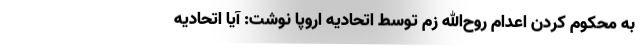
به محکوم کردن اعدام روح‌الله زم توسط اتحادیه اروپا نوشت: آیا اتحادیه